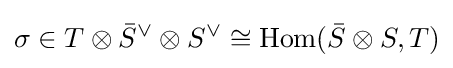
\sigma \in T\otimes {\bar {S}}^{\vee }\otimes S^{\vee }\cong \mathrm {Hom} ({\bar {S}}\otimes S,T)